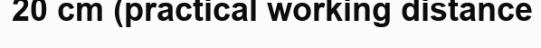
20 cm (practical working distance